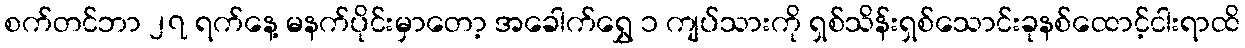
စက်တင်ဘာ ၂၇ ရက်နေ့ မနက်ပိုင်းမှာတော့ အခေါက်ရွှေ ၁ ကျပ်သားကို ရှစ်သိန်းရှစ်သောင်းခုနစ်ထောင့်ငါးရာထိ